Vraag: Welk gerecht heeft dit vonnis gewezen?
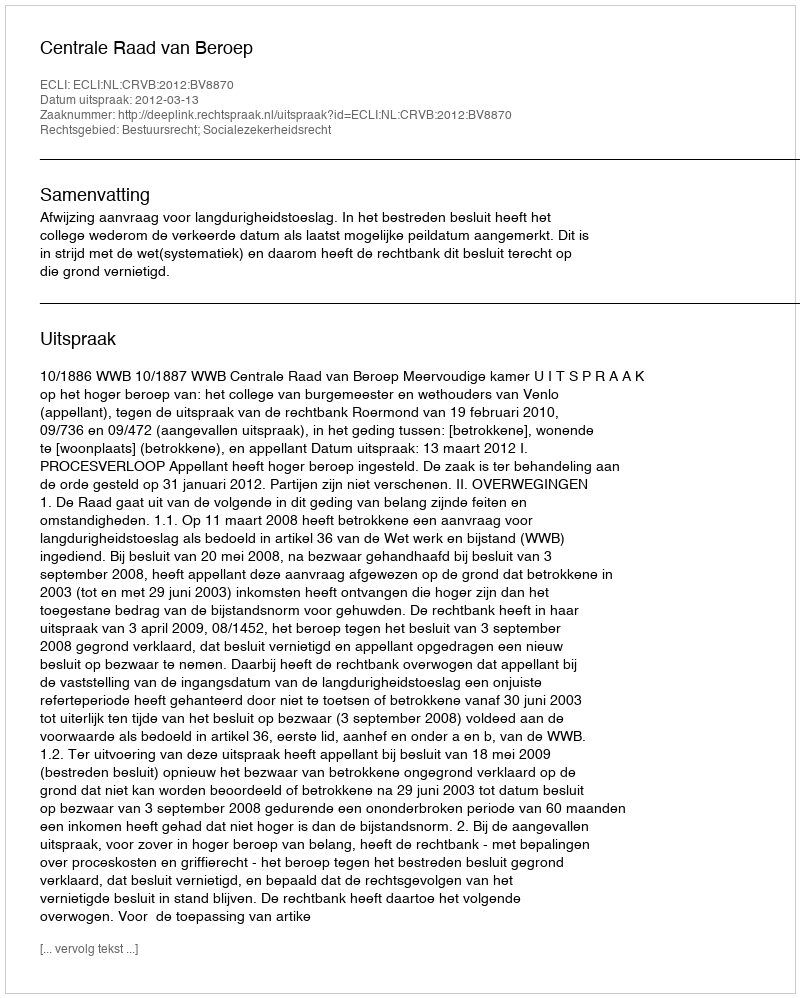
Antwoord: Centrale Raad van Beroep